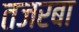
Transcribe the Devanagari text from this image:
तजरबा